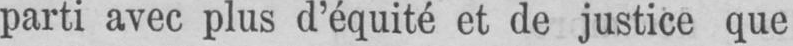
parti avec plus d’équité et de justice que